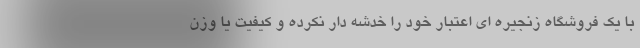
با یک فروشگاه زنجیره ای اعتبار خود را خدشه دار نکرده و کیفیت یا وزن